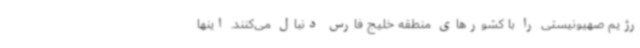
رژیم صهیونیستی را با کشورهای منطقه خلیج فارس دنبال می‌کنند. اینها